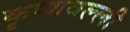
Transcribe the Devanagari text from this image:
कृष्णवल्ली